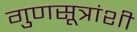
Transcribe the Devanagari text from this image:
गुणसूत्रांशी